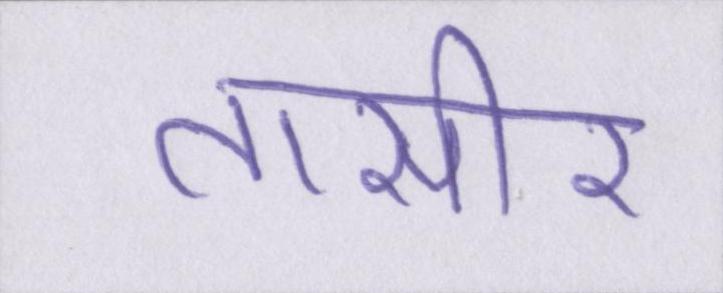
तासीर